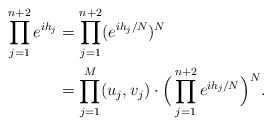
\begin{align*} \prod_{j=1}^{n+2}e^{ih_j}&=\prod_{j=1}^{n+2} (e^{ih_j/N})^N\\ &=\prod_{j=1}^M (u_j,v_j) \cdot \Big(\prod_{j=1}^{n+2} e^{ih_j/N}\Big)^N. \end{align*}